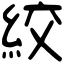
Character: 絞